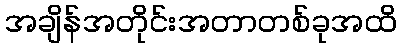
အချိန်အတိုင်းအတာတစ်ခုအထိ